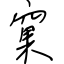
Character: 窠